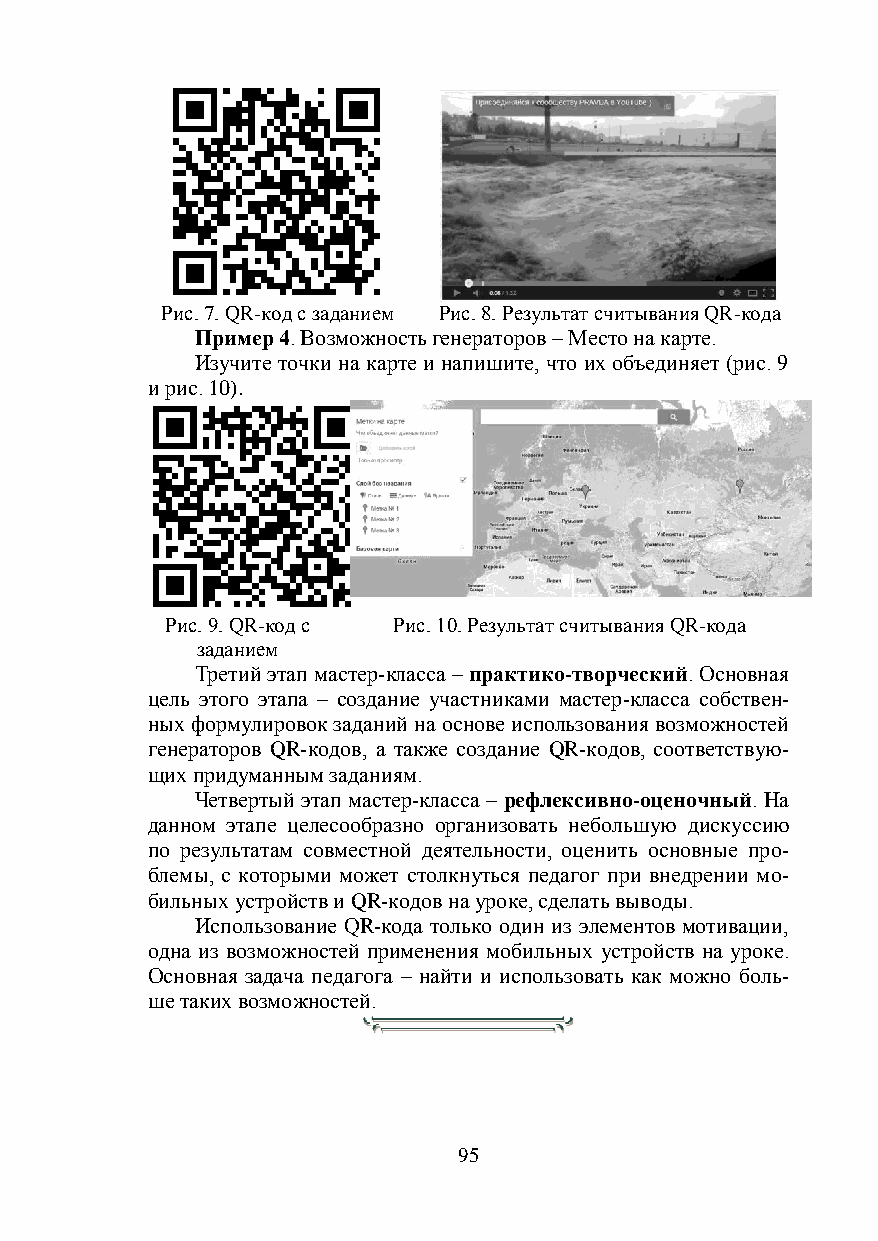
Рис. 7. QR-код с заданием Рис. 8. Результат считывания QR-кода
 Пример 4. Возможность генераторов – Место на карте.
 Изучите точки на карте и напишите, что их объединяет (рис. 9
 и рис. 10).
 Рис. 9. QR-код с Рис. 10. Результат считывания QR-кода
 заданием
 Третий этап мастер-класса – практико-творческий. Основная
 цель этого этапа – создание участниками мастер-класса собствен-
 ных формулировок заданий на основе использования возможностей
 генераторов QR-кодов, а также создание QR-кодов, соответствую-
 щих придуманным заданиям.
 Четвертый этап мастер-класса – рефлексивно-оценочный. На
 данном этапе целесообразно организовать небольшую дискуссию
 по результатам совместной деятельности, оценить основные про-
 блемы, с которыми может столкнуться педагог при внедрении мо-
 бильных устройств и QR-кодов на уроке, сделать выводы.
 Использование QR-кода только один из элементов мотивации,
 одна из возможностей применения мобильных устройств на уроке.
 Основная задача педагога – найти и использовать как можно боль-
 ше таких возможностей.
 95